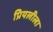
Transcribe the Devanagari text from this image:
प्रियलीला